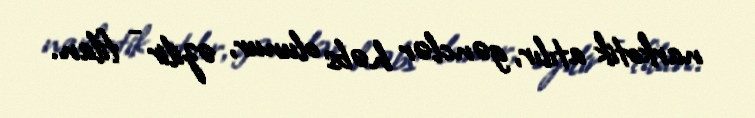
narkotik atılır, gənclər həbs olunur, əzilir - filan.